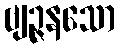
ဗျဉ္ဇနသော